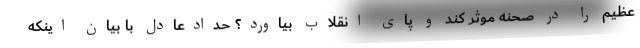
عظیم را در صحنه موثر کند و پای انقلاب بیاورد؟ حدادعادل با بیان اینکه